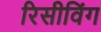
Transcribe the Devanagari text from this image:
रिसीविंग